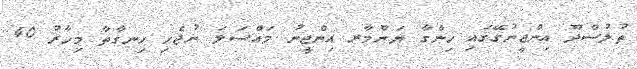
ތުލުސްދޫ އިންޖީނުގޭގައި ހިންގާ ޔަންމާރ އިންޖީނު މައްސަލަ ނުޖެހި ހިނގާތާ މިހާރު 40